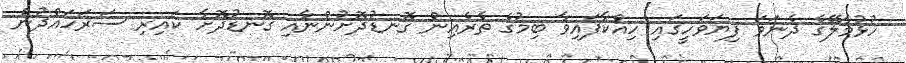
ހުޅުމާލޭގެ ދެނަވަ ފިޔަވަހީގައި ހިއްކާފައިވާ ބިމުގެ ތެރެއިން ގޮނޑުދޮށުންނާއި ގޮނޑުދޮށާ ކައިރި ސަރަހައްދުން